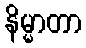
နိမ္မာတာ